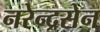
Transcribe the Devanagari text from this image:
नरेन्द्रसेन